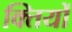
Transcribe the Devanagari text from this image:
क्तियों